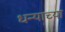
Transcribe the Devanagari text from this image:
धन्याच्या